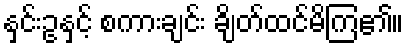
နှင်းဥနှင့် စကားချင်း ချိတ်ထင်မိကြ၏။